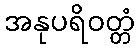
အနုပရိဝတ္တံ